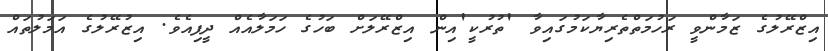
އިޒްރޭލުގެ ޒަމާންވީ ރަހުމަތްތެރިޔާކަމުގައިވާ 'ތުރުކީ'އިން އިޒްރޭލަށް ބަހުގެ ހަމަލާއެއް ދީފިއެވެ. އިޒުރޭލުގެ އަމަލުތައް